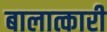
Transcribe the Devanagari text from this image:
बालात्कारी